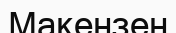
Макензен